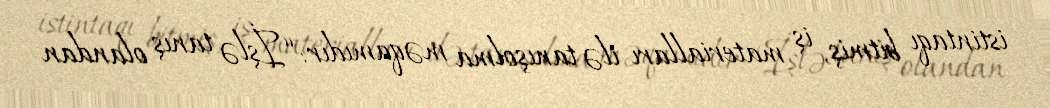
istintaqı bitmiş, iş materialları ilə tanışolma məqamıdır: “İşlə tanış olandan